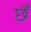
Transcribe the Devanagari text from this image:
छेँ